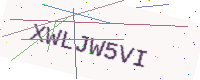
Text: XWLJW5VI